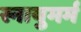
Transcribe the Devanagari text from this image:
स्नायुमर्म